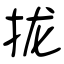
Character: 拢